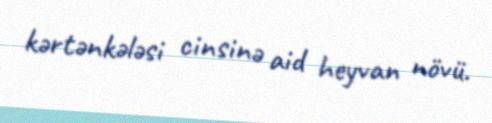
kərtənkələsi cinsinə aid heyvan növü.